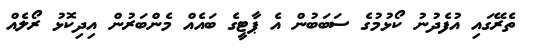
ތެރޭގައި އުފެދުނު ކޯޅުމުގެ ސަބަބުން އެ ޕާޓީގެ ބައެއް މެންބަރުން އިދިކޮޅު ރޯލެއް